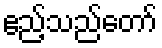
ဧည့်သည်တော်